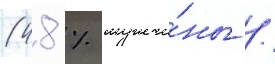
(48 % мужчи́ны /